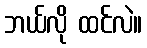
ဘယ်လို ထင်လဲ။